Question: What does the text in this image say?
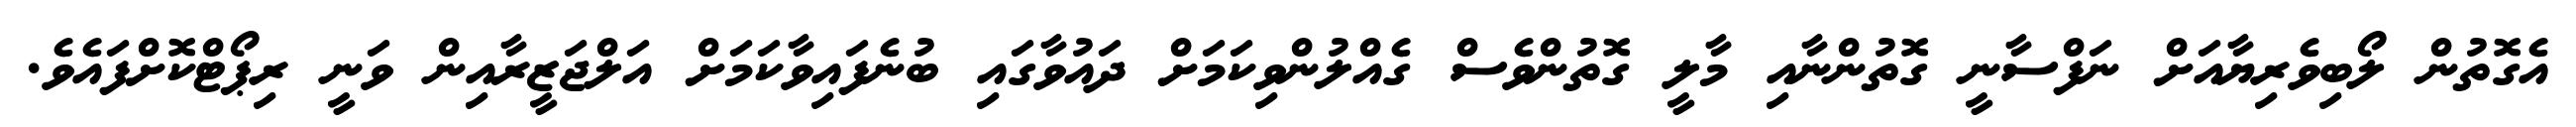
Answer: އެގޮތުން ލޯބިވެރިޔާއަށް ނަފްސާނީ ގޮތުންނާއި މާލީ ގޮތުންވެސް ގެއްލުންވިކަމަށް ދައުވާގައި ބުނެފައިވާކަމަށް އަލްޖަޒީރާއިން ވަނީ ރިޕޯޓްކޮށްފައެވެ.